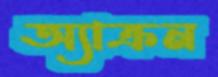
অ্যাক্রন